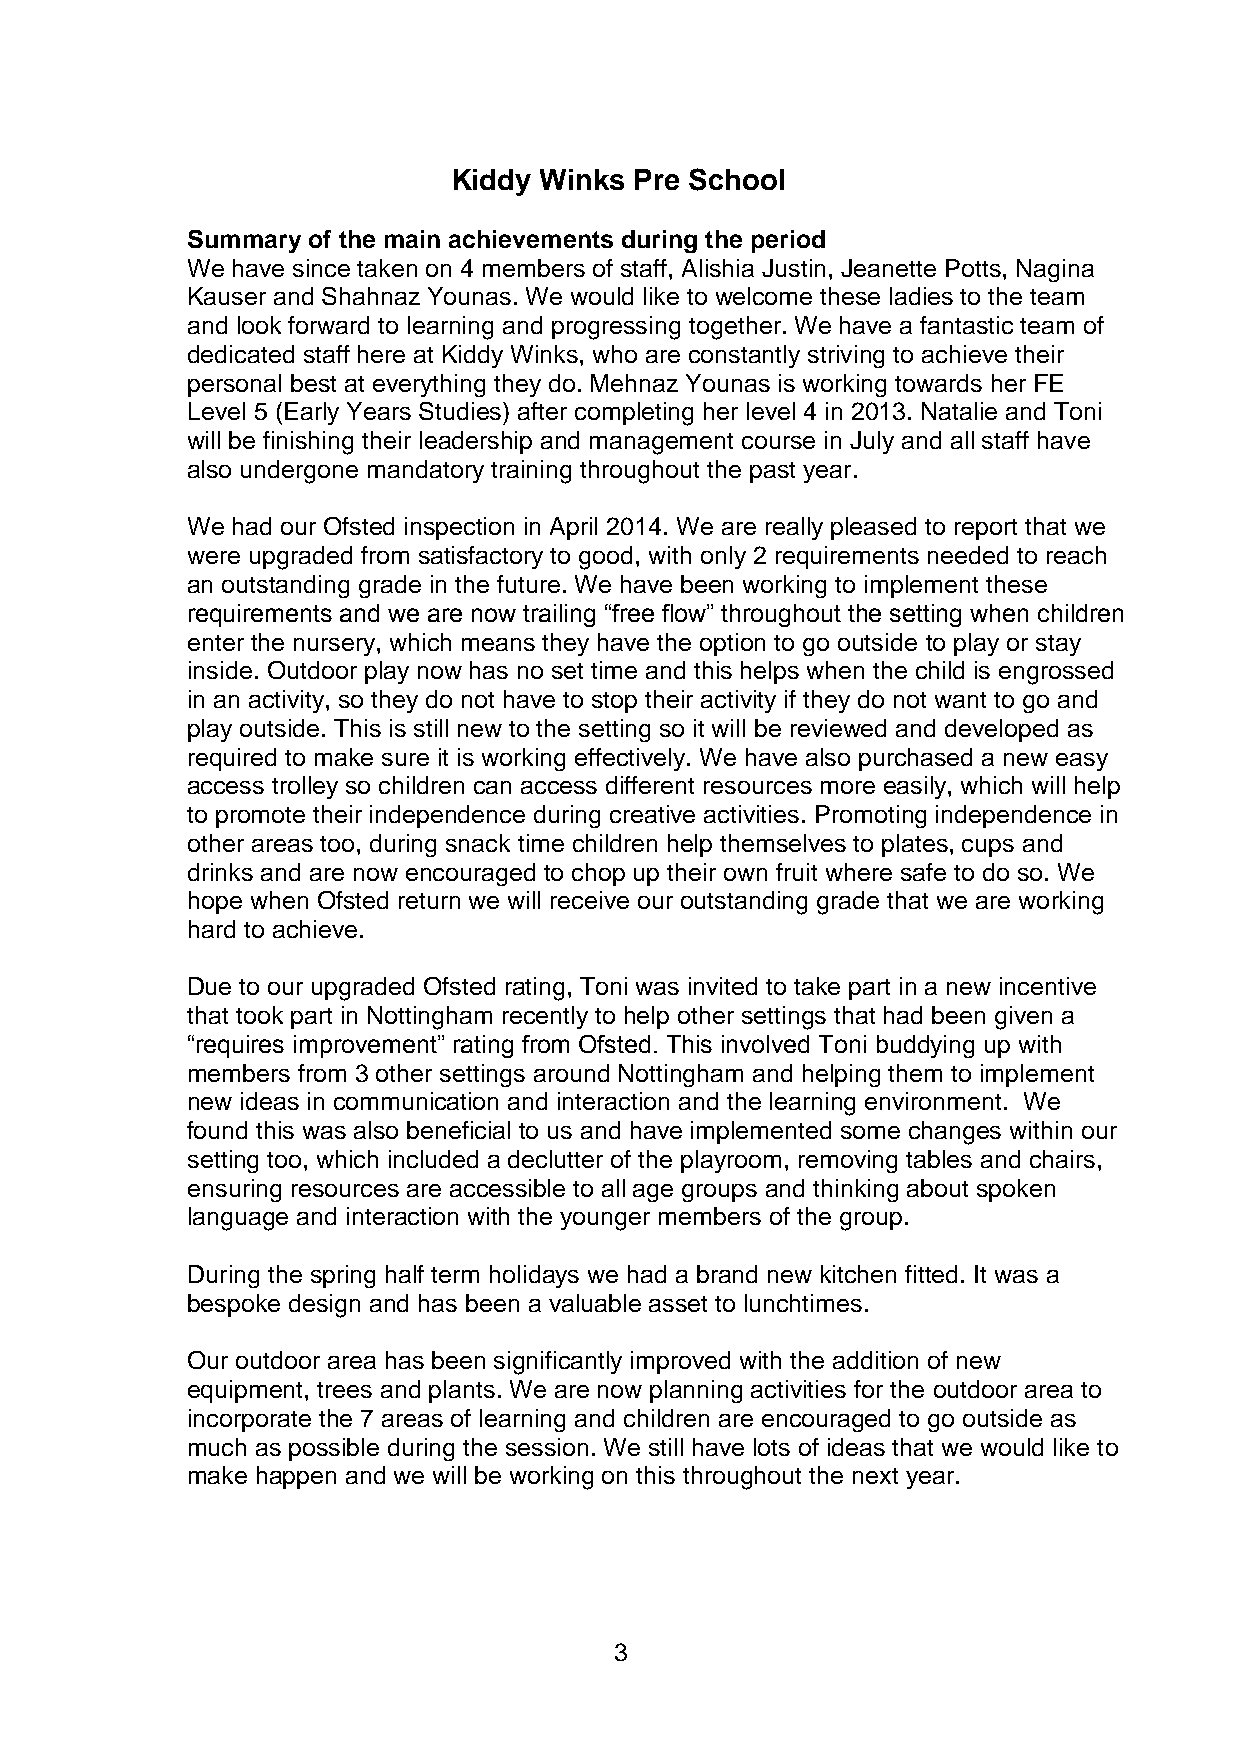
Kiddy Winks Pre School
 Summary of the main achievements during the period
 We have since taken on 4 members of staff, Alishia Justin, Jeanette Potts, Nagina
 Kauser and Shahnaz Younas. We would like to welcome these ladies to the team
 and look forward to learning and progressing together. We have a fantastic team of
 dedicated staff here at Kiddy Winks, who are constantly striving to achieve their
 personal best at everything they do. Mehnaz Younas is working towards her FE
 Level 5 (Early Years Studies) after completing her level 4 in 2013. Natalie and Toni
 will be finishing their leadership and management course in July and all staff have
 also undergone mandatory training throughout the past year.
 We had our Ofsted inspection in April 2014. We are really pleased to report that we
 were upgraded from satisfactory to good, with only 2 requirements needed to reach
 an outstanding grade in the future. We have been working to implement these
 requirements and we are now trailing “free flow” throughout the setting when children
 enter the nursery, which means they have the option to go outside to play or stay
 inside. Outdoor play now has no set time and this helps when the child is engrossed
 in an activity, so they do not have to stop their activity if they do not want to go and
 play outside. This is still new to the setting so it will be reviewed and developed as
 required to make sure it is working effectively. We have also purchased a new easy
 access trolley so children can access different resources more easily, which will help
 to promote their independence during creative activities. Promoting independence in
 other areas too, during snack time children help themselves to plates, cups and
 drinks and are now encouraged to chop up their own fruit where safe to do so. We
 hope when Ofsted return we will receive our outstanding grade that we are working
 hard to achieve.
 Due to our upgraded Ofsted rating, Toni was invited to take part in a new incentive
 that took part in Nottingham recently to help other settings that had been given a
 “requires improvement” rating from Ofsted. This involved Toni buddying up with
 members from 3 other settings around Nottingham and helping them to implement
 new ideas in communication and interaction and the learning environment. We
 found this was also beneficial to us and have implemented some changes within our
 setting too, which included a declutter of the playroom, removing tables and chairs,
 ensuring resources are accessible to all age groups and thinking about spoken
 language and interaction with the younger members of the group.
 During the spring half term holidays we had a brand new kitchen fitted. It was a
 bespoke design and has been a valuable asset to lunchtimes.
 Our outdoor area has been significantly improved with the addition of new
 equipment, trees and plants. We are now planning activities for the outdoor area to
 incorporate the 7 areas of learning and children are encouraged to go outside as
 much as possible during the session. We still have lots of ideas that we would like to
 make happen and we will be working on this throughout the next year.
 3